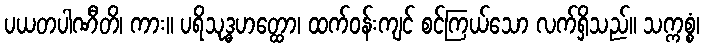
ပယတပါဏီတိ၊ ကား။ ပရိသုဒ္ဓဟတ္ထော၊ ထက်ဝန်းကျင် စင်ကြယ်သော လက်ရှိသည်။ သက္ကစ္စံ၊